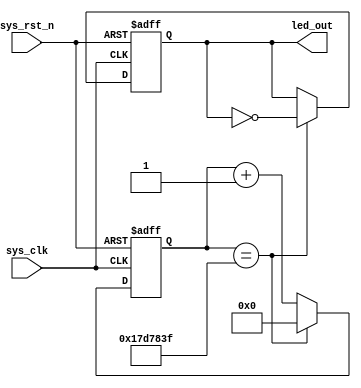
module  counter
#(
    parameter   CNT_MAX = 25'd24_999_999
)
(
    input   wire        sys_clk         ,
    input   wire        sys_rst_n       ,
    
    output  reg        led_out
);

reg     [24:0]      cnt;

always@(posedge sys_clk or negedge  sys_rst_n)
    if(sys_rst_n ==1'b0)
        cnt <= 25'd0;
    else    if(cnt == CNT_MAX)
        cnt <=  25'd0;
    else
        cnt <= cnt + 25'd1;

always@(posedge sys_clk or negedge sys_rst_n)
    if(sys_rst_n == 1'b0)
        led_out <= 1'b0;
    else    if(cnt == CNT_MAX)
        led_out <=  ~led_out;
    else
        led_out <= led_out;
        
endmodule